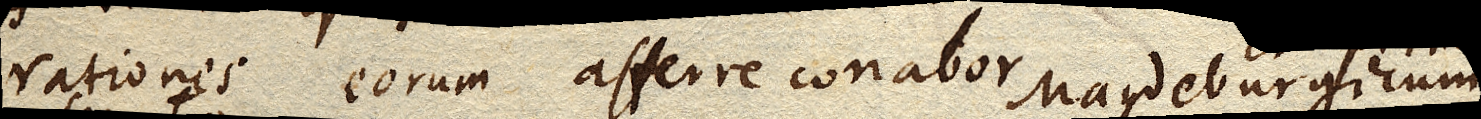
rationes eorum afferre conabor. Et primum